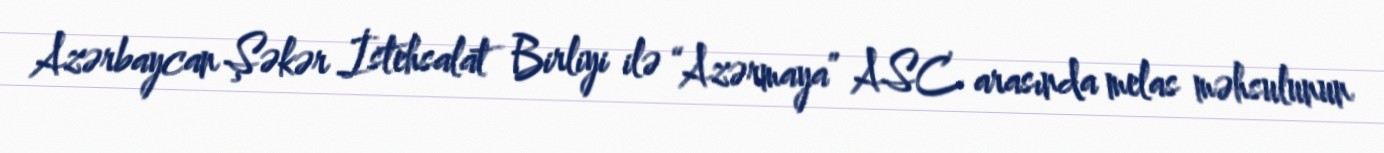
Azərbaycan Şəkər İstehsalat Birliyi ilə “Azərmaya” ASC arasında melas məhsulunun